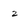
Character: 2